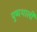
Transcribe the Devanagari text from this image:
पुष्पथाली